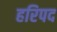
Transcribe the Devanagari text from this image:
हरिपद